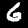
Digit: 6